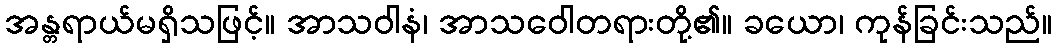
အန္တရာယ်မရှိသဖြင့်။ အာသဝါနံ၊ အာသဝေါတရားတို့၏။ ခယော၊ ကုန်ခြင်းသည်။